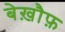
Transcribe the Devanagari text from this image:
बेख़ौफ़